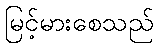
မြင့်မားစေသည်